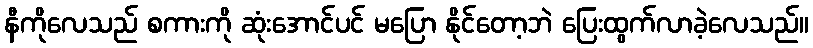
နီကိုလေသည် စကားကို ဆုံးအောင်ပင် မပြော နိုင်တော့ဘဲ ပြေးထွက်လာခဲ့လေသည်။